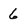
Character: 6